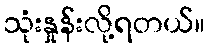
သုံးနှုန်းလို့ရတယ်။